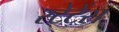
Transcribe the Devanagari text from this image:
स्टेटेंस